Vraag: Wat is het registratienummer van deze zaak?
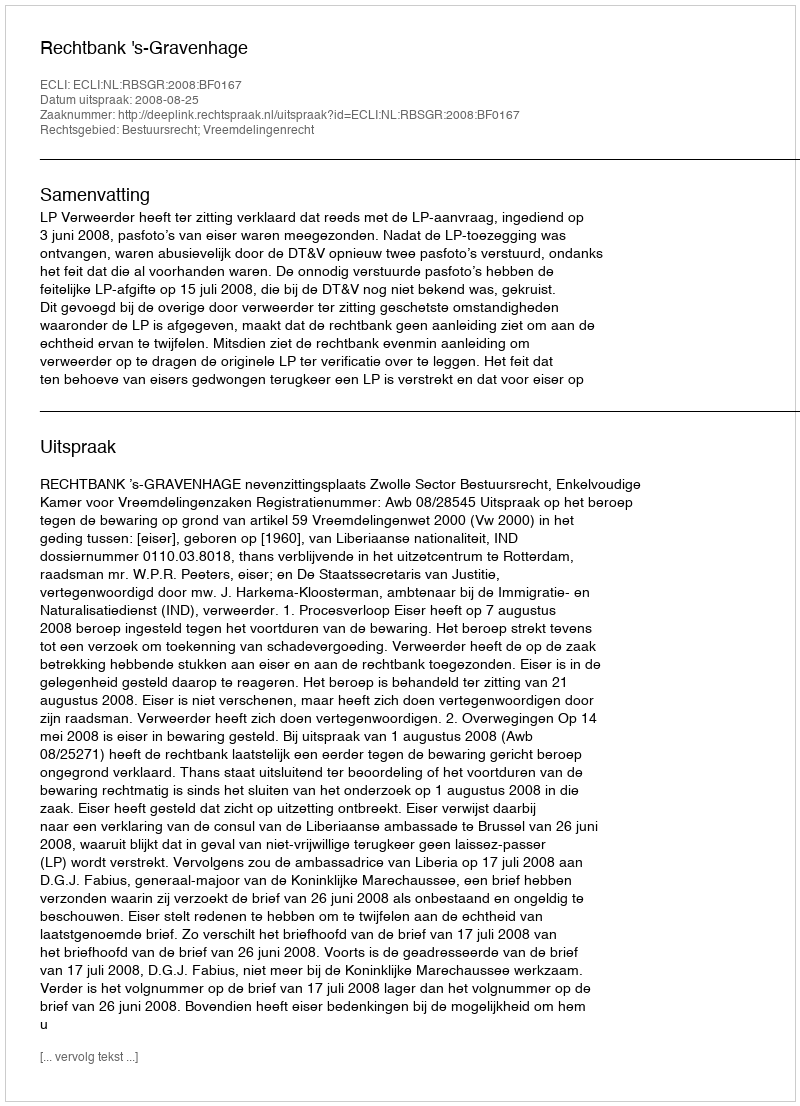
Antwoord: http://deeplink.rechtspraak.nl/uitspraak?id=ECLI:NL:RBSGR:2008:BF0167